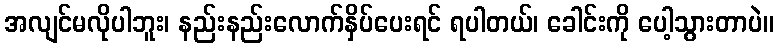
အလျင်မလိုပါဘူး၊ နည်းနည်းလောက်နှိပ်ပေးရင် ရပါတယ်၊ ခေါင်းကို ပေါ့သွားတာပဲ။